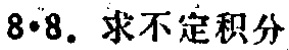
$8\cdot8.$ 求不定积分